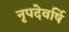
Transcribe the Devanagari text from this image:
नृपदेवर्षि